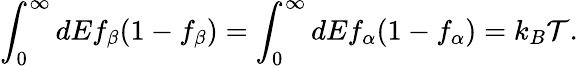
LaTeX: {\int_{0}^{\infty}dEf_{\beta}(1-f_{\beta})=\int_{0}^{\infty}dEf_{\alpha}(1-f_{\alpha})=k_{B}\mathcal{T}}.